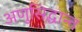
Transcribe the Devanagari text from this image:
अणुसिद्धान्त